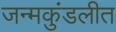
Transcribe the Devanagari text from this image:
जन्मकुंडलीत